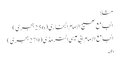
مثلاً
الجامع صحیح الامام البخاری (256 ہجری)
الجامع الامام ابی عیسی الترمذی (279 ہجری)
6۔